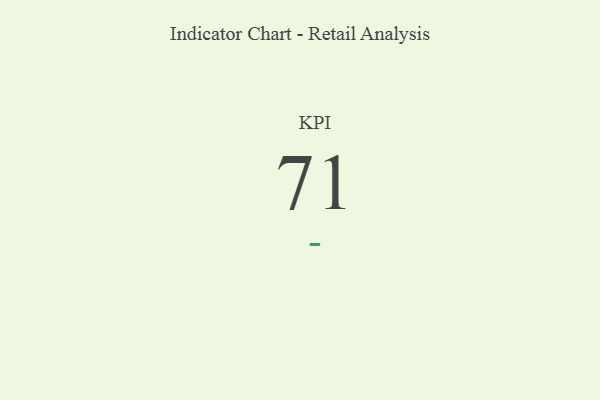
{"axis": {"x": "KPI", "y": "Value"}, "legend": [""], "data": [{"x": "KPI", "y": 71, "type": ""}]}